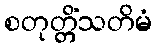
စတုတ္တိံသတိမံ